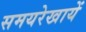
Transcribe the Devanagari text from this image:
समयरेखायें